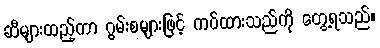
ဆီများထည့်ကာ ဂွမ်းစများဖြင့် ကပ်ထားသည်ကို တွေ့ရသည်။